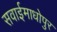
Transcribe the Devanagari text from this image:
सवाईमाधोपुर